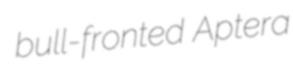
bull-fronted Aptera